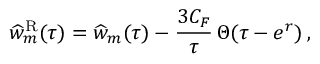
\widehat w _ { m } ^ { \mathrm { R } } ( \tau ) = \widehat w _ { m } ( \tau ) - { \frac { 3 C _ { F } } { \tau } } \, \Theta ( \tau - e ^ { r } ) \, ,